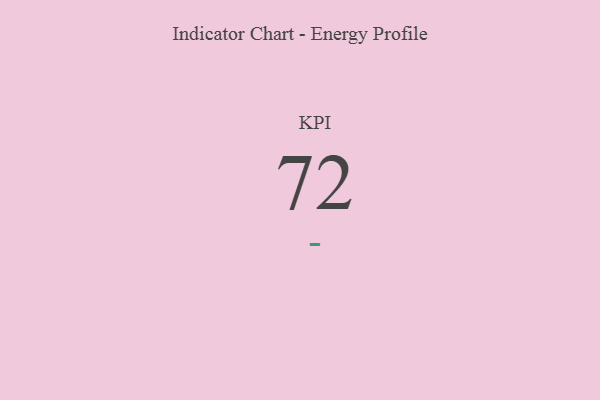
{"axis": {"x": "KPI", "y": "Value"}, "legend": [""], "data": [{"x": "KPI", "y": 72, "type": ""}]}